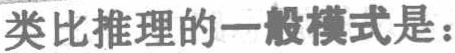
类比推理的一般模式是：